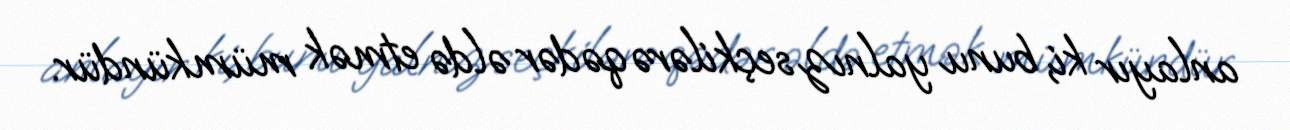
anlayır ki, bunu yalnız seçkilərə qədər əldə etmək mümkündür.